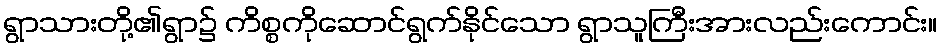
ရွာသားတို့၏ရွာ၌ ကိစ္စကိုဆောင်ရွက်နိုင်သော ရွာသူကြီးအားလည်းကောင်း။